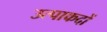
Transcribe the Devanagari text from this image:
उत्पाकदों